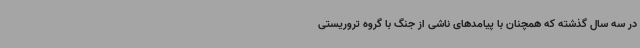
در سه سال گذشته که همچنان با پیامدهای ناشی از جنگ با گروه تروریستی